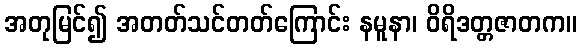
အတုမြင်၍ အတတ်သင်တတ်ကြောင်း နမူနာ၊ ဝိရိဒတ္တဇာတက။